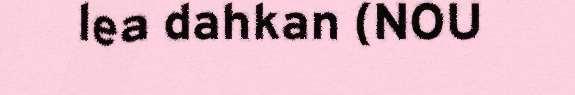
lea dahkan (NOU